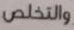
والتخلص